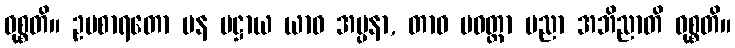
ဝုစ္စတိ။ ဥပစာရတော ပန ပဋ္ဌာယ ယာဝ အပ္ပနာ, တာဝ ပဝတ္တာ ပညာ အဘိညာတိ ဝုစ္စတိ။